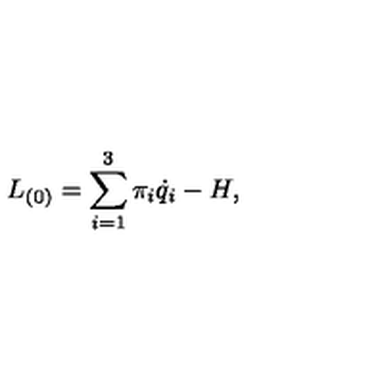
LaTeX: L _ { ( 0 ) } = \sum _ { i = 1 } ^ { 3 } \pi _ { i } \dot { q } _ { i } - H ,